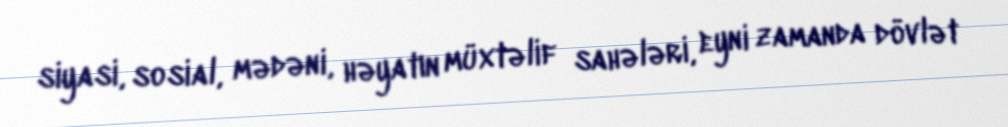
siyasi, sosial, mədəni, həyatın müxtəlif sahələri, eyni zamanda dövlət